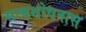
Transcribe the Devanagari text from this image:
सत्यशोधनास